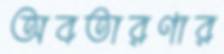
অবতারণার